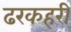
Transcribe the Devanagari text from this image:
ढरकहरी